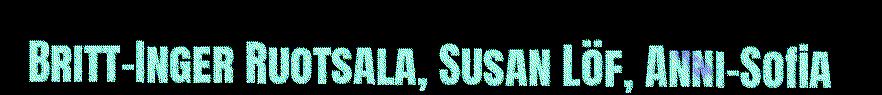
Britt-Inger Ruotsala, Susan Löf, Anni-Sofia